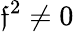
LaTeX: \mathfrak{f}^{2}\neq0